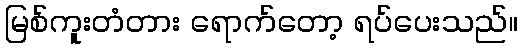
မြစ်ကူးတံတား ရောက်တော့ ရပ်ပေးသည်။